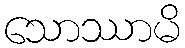
သောဿာမိ